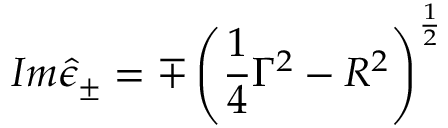
I m \hat { \epsilon } _ { \pm } = \mp \left( \frac 1 4 \Gamma ^ { 2 } - R ^ { 2 } \right) ^ { \frac 1 2 }